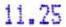
11.25